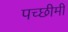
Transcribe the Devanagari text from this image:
पच्छीमी